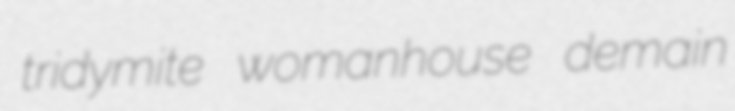
tridymite womanhouse demain